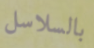
بالسلاسل